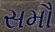
સમૌ